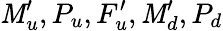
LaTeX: \mathit{M}_{u}^{\prime},P_{u},F_{u}^{\prime},\mathit{M}_{d}^{\prime},P_{d}